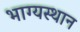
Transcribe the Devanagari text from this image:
भाग्यस्थान